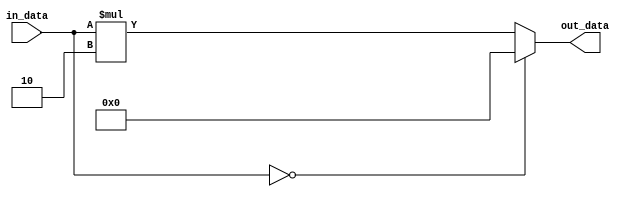
module Generate_Parameterized_Module #(parameter WIDTH = 8) (
    input [WIDTH-1:0] in_data,
    output reg [WIDTH-1:0] out_data
);

always @* begin
    if (in_data == 0) begin
        out_data = 0;
    end else begin
        out_data = in_data * 2;
    end
end

endmodule